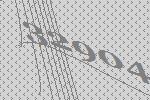
32904